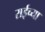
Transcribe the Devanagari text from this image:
राईच्या